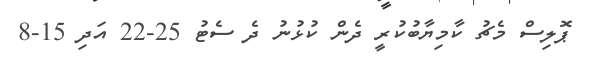
ޕޮލިސް މެޗު ކާމިޔާބުކުރީ ދެން ކުޅުނު ދެ ސެޓު 25-22 އަދި 15-8